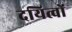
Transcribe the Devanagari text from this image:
दयित्वों